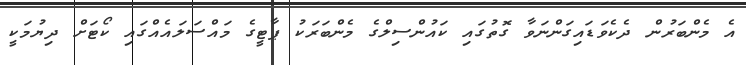
އެ މެންބަރުން ދެކެވަޑައިގަންނަވާ ގޮތުގައި ކައުންސިލްގެ މެންބަރަކު ޕާޓީގެ މައްސަލައެއްގައި ކޯޓަށް ދިޔުމަކީ